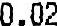
0.02